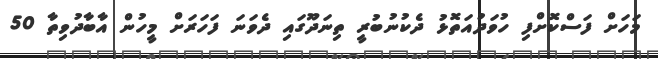
މަހަށް ފަސްކޮށްފި ހުވަދުއަތޮޅު ދެކުނުބުރީ ތިނަދޫގައި ދެވަނަ ފަހަރަށް މީހުން އާބާދުވިތާ 50